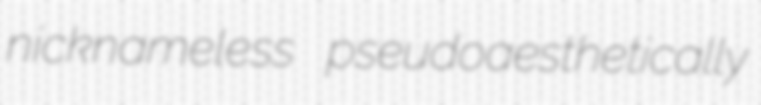
nicknameless pseudoaesthetically